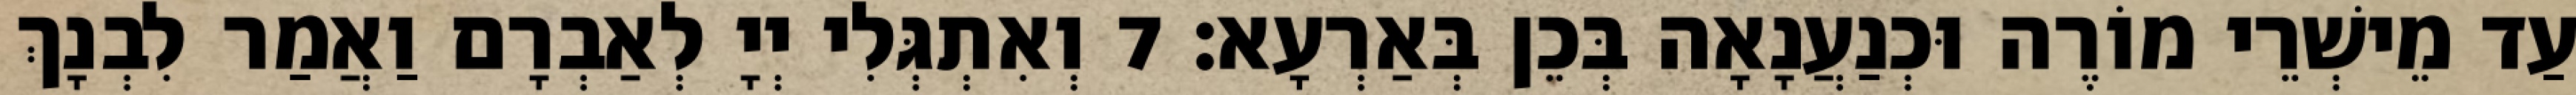
עַד מֵישְׁרֵי מוֹרֶה וּכְנַעֲנָאָה בְּכֵן בְּאַרְעָא׃ 7 וְאִתְגְּלִי יְיָ לְאַבְרָם וַאֲמַר לִבְנָךְ